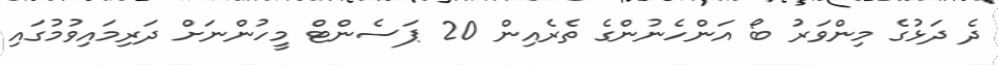
ދެ ދަޅުގެ މިންވަރު ބޯ އަންހެނުންގެ ތެރެއިން 20 ޕަސެންޓް މީހުންނަށް ދަރިމައިވުމުގައި